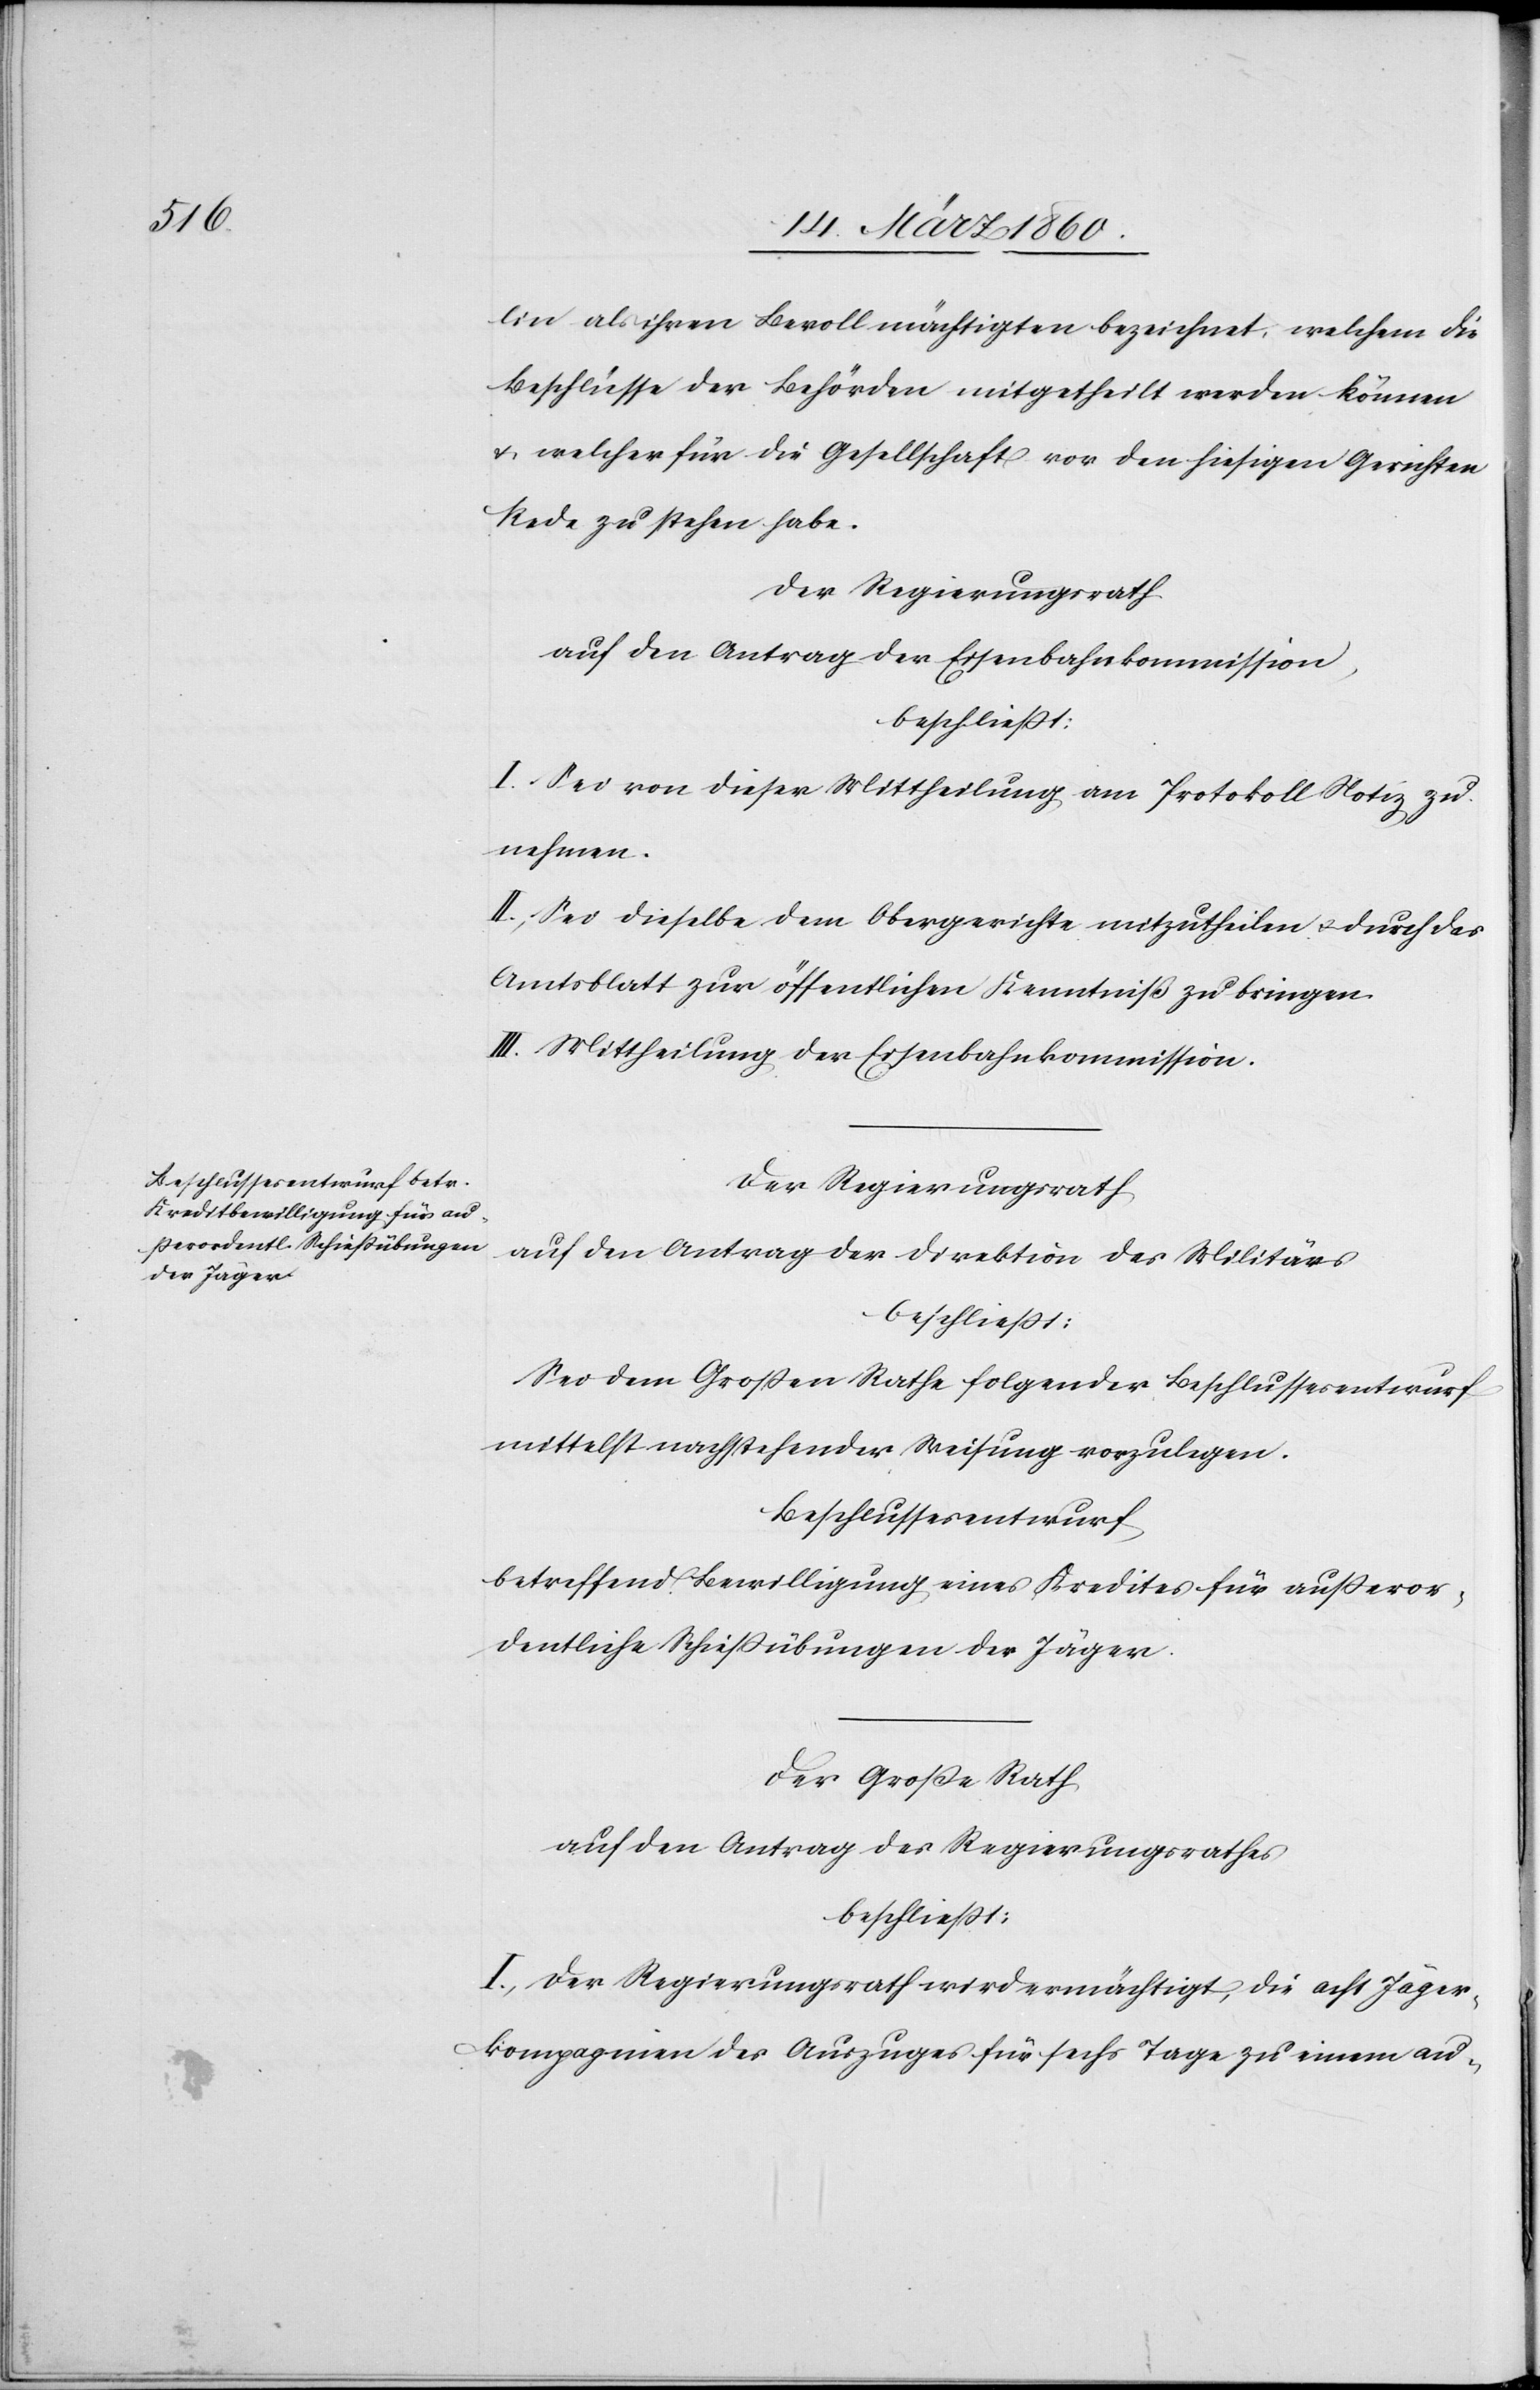
lin als ihren Bevollmächtigten bezeichnet, welchem die
Beschlüsse der Behörden mitgetheilt werden können
u. welcher für die Gesellschaft vor den hiesigen Gerichten
Rede zu stehen habe.
Der Regierungsrath
auf den Antrag der Eisenbahnkommission,
beschliesst:
I. Sei von dieser Mittheilung am Protokoll Notiz zu
nehmen.
II. Sei dieselbe dem Obergerichte mitzutheilen u. durch das
Amtsblatt zur öffentlichen Kenntniß zu bringen.
III. Mittheilung der Eisenbahnkommission.
Der Regierungsrath,
auf den Antrag der Direktion des Militärs
beschliesst:
Sei dem Grossen Rathe folgender Beschlussesentwurf
mittelst nachstehender Weisung vorzulegen.
Beschlussesentwurf
betreffend Bewilligung eines Kredites für ausseror¬
dentliche Schiessübungen der Jäger.
Der Grosse Rath
auf den Antrag des Regierungsrathes
beschliesst:
I. Der Regierungsrath wird ermächtigt, die acht Jäger¬
kompagnien des Auszuges für sechs Tage zu einem au-